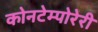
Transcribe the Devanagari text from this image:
कोनटेम्पोरेरी